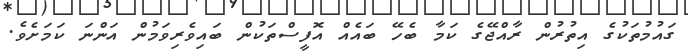
ގައުމުތަކުގެ އިތުރުން ރާއްޖޭގެ ކަމާ ބެހޭ ބައެއް އޮފީސްތަކުން ބައިވެރިވަމުން އަންނަ ކަމަށެވެ.